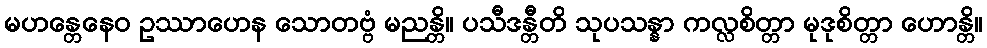
မဟန္တေနေဝ ဥဿာဟေန သောတဗ္ဗံ မညန္တိ။ ပသီဒန္တီတိ သုပသန္နာ ကလ္လစိတ္တာ မုဒုစိတ္တာ ဟောန္တိ။